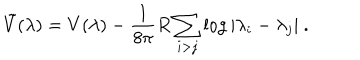
\tilde { V } ( \lambda ) = V ( \lambda ) - \frac { 1 } { 8 \pi } R \sum _ { i > j } \log | \lambda _ { i } - \lambda _ { j } | ~ .